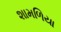
શામળિયા